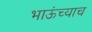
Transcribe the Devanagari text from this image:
भाऊंच्याच